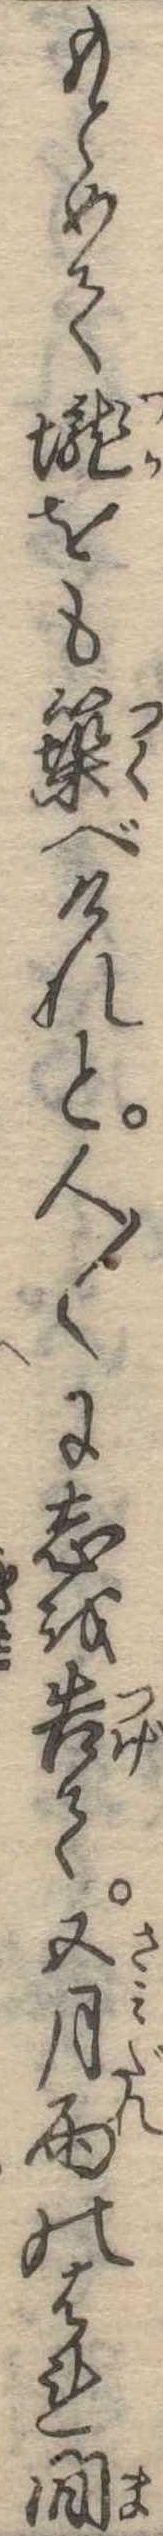
もとめて壟をも築べけれと人〱に志を告て五月雨のはれ間